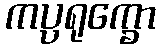
ကပ္ပရုက္ခော